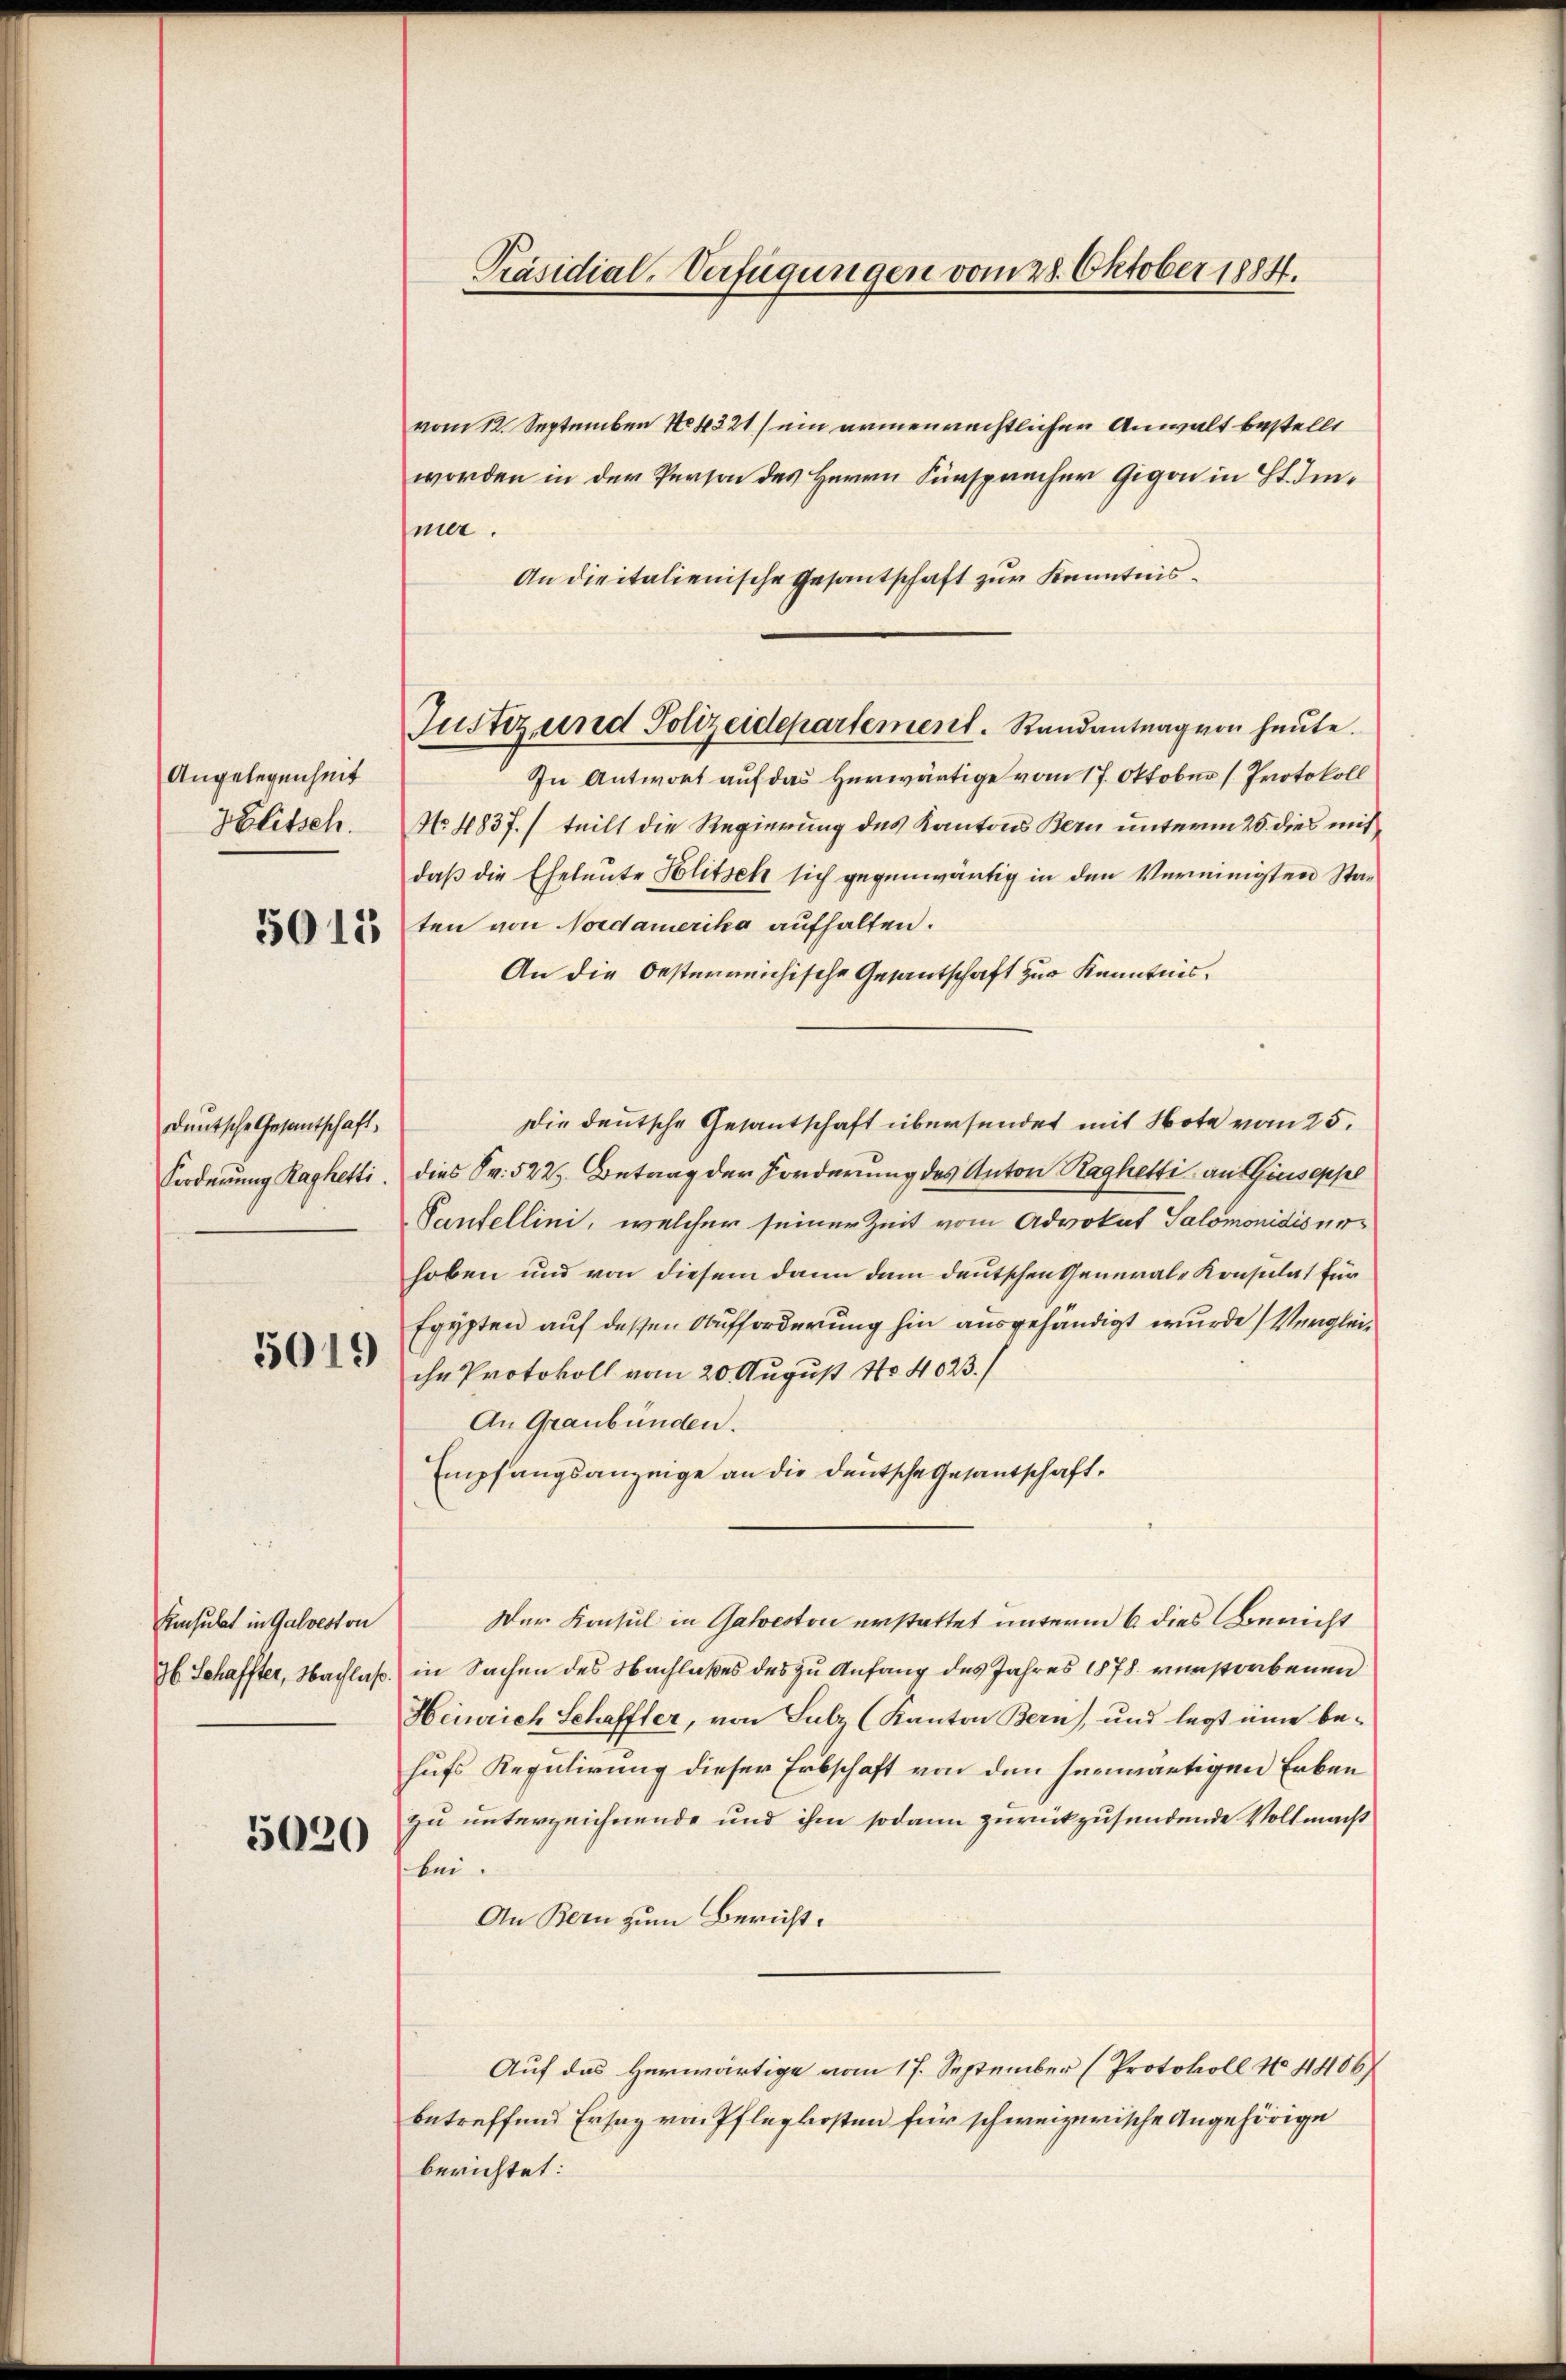
Angelegenheit
Klitsch.

deutsche Gesantschaft,
Forderung Raghetti.

5019

Konsulat in Galveston
36 Schaffter, Nachlas

5020

Präsidial-Verfügungen vom 28. Oktober 1884.

vom 12. September 14321 / ein armenrechtlichen Anwalt bestellt
worden in der Person des Herrn Fürspracher Gigon in St. Immer.
An dieitalienische Gesantschaft zur Kenntnis¬
In Antwort auf das Herwärtige vom 17. Oktober (Protokoll
No. 1837. / teilt die Regierung des Kantons Bern unterm 20. dies mitdaß die Eheleute Solitsch sich gegenwärtig in den Vereinigten Sta¬
3ten von Nordamerika aufhalten.
An die Oesterreichische Gesantschaft zur Kenntnis.
Die deutsche Gesantschaft übersendet mit Note vom 25.
dies Sr. 522. Betrag der Forderung des Anton Raghetti, an Giuseppel
Pantellini, welcher seiner Zeit vom Advokat Salomonidisurhoben und von diesem dann dem deutschen General-Konsulat für
Egypten auf dessen Aufforderung hin ausgehändigt wurde (Vergleiihn Protokoll vom 20. August No 4023./
An Graubünden.
Empfangsanzeige an die Deutsche Gesantschaft¬
Der Konsul in Gabeston erstattet unterm 6 dies Bericht
in Sachen des Nachlaßes des zu Anfang des Jahres 1878 verstorbenen
Heinrich Schaffter, von Salz (Kanton Bern), und legt eine behufs Regulirung dieser Erbschaft von den herwärtigen Erben
zu unterzeichnende und ihm sodann zurückzusendende Vollmacht
bei.
An Bern zum Bericht.
Auf das Herwärtige vom 17. September (Protokoll No 4406/
betreffend Erstag von Pflegkosten für schweizerische Angehörige
berichtet:

Justiz und Polizeidepartement. Randantrag von heute.